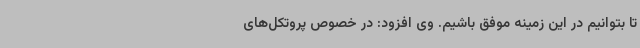
تا بتوانیم در این زمینه موفق باشیم. وی افزود: در خصوص پروتکل‌های